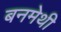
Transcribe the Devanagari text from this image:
बनमेथी